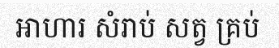
អាហារ សំរាប់ សត្វ គ្រប់